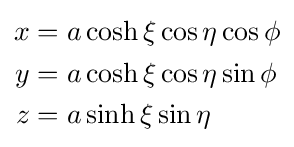
{\begin{aligned}x&=a\cosh \xi \cos \eta \cos \phi \\y&=a\cosh \xi \cos \eta \sin \phi \\z&=a\sinh \xi \sin \eta \end{aligned}}